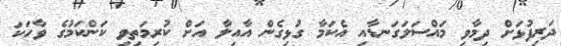
ދަރިފުޅަށް ދިމާވި މައްސަލަގަނޑާއި އެކަމާ ގުޅިގެން އާއިލާ އަށް ކުރިމަތިވި ކަންކަމުގެ ވާހަކަ